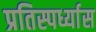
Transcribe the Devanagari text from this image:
प्रतिस्पर्ध्यास